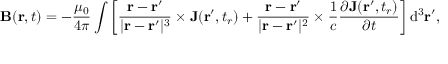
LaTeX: \mathbf { B } ( \mathbf { r } , t ) = - { \frac { \mu _ { 0 } } { 4 \pi } } \int \left[ { \frac { \mathbf { r } - \mathbf { r } ^ { \prime } } { | \mathbf { r } - \mathbf { r } ^ { \prime } | ^ { 3 } } } \times \mathbf { J } ( \mathbf { r } ^ { \prime } , t _ { r } ) + { \frac { \mathbf { r } - \mathbf { r } ^ { \prime } } { | \mathbf { r } - \mathbf { r } ^ { \prime } | ^ { 2 } } } \times { \frac { 1 } { c } } { \frac { \partial \mathbf { J } ( \mathbf { r } ^ { \prime } , t _ { r } ) } { \partial t } } \right] \mathrm { d } ^ { 3 } \mathbf { r } ^ { \prime } ,